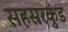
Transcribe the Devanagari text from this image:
सहस्ररकुंड